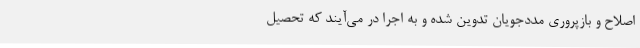
اصلاح و بازپروری مددجویان تدوین شده و به اجرا در می‌آیند که تحصیل